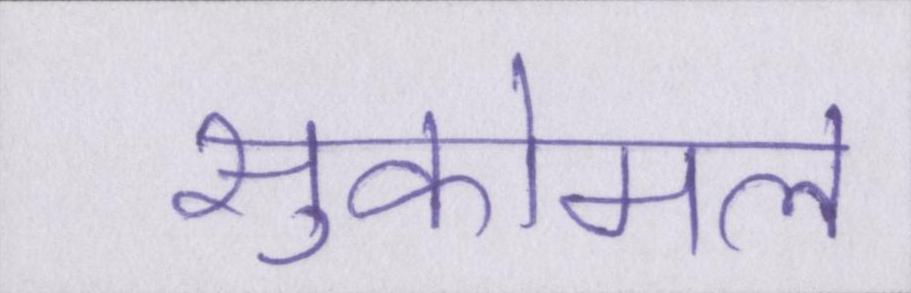
सुकोमल